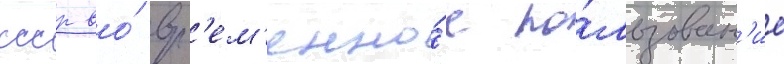
ссср во́ вр'ем'енно́е по́льзован'ие